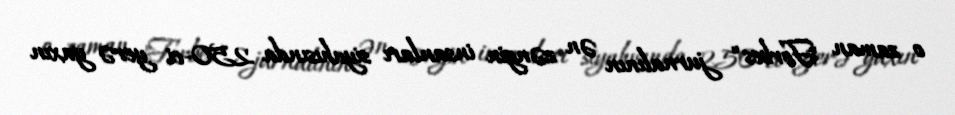
o zaman "Forbes" jurnalının ən zəngin insanları siyahısında 250-ci yerə yaxın